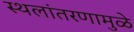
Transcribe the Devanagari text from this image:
स्थलांतरणामुळे